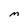
Character: M